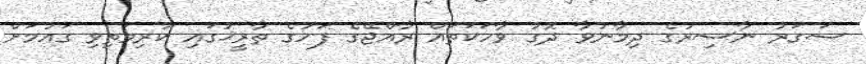
ސަގަރު ނާސިރުގެ ދިމާނުވާ ދޮގު ވާހަކަތައް ރާއްޖޭގެ ފަހުގެ ތާރީޚުގައި ކުރިމަތިވި ގައުމަށް